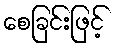
စေခြင်းဖြင့်